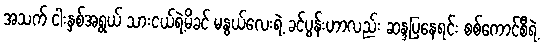
အသက် ငါးနှစ်အရွယ် သားငယ်ရဲ့မိခင် မနွယ်လေးရဲ့ ခင်ပွန်းဟာလည်း ဆန္ဒပြနေရင်း စစ်ကောင်စီရဲ့